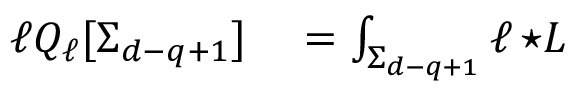
\begin{array} { r l } { \ell Q _ { \ell } [ \Sigma _ { d - q + 1 } ] } & { { } = \int _ { \Sigma _ { d - q + 1 } } \ell \, { \star L } } \end{array}